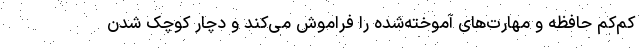
کم‌کم حافظه و مهارت‌های آموخته‌شده را فراموش می‌کند و دچار کوچک شدن